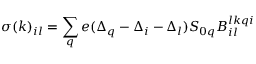
\sigma ( k ) _ { i l } = \sum _ { q } e ( \Delta _ { q } - \Delta _ { i } - \Delta _ { l } ) S _ { 0 q } B _ { i l } ^ { l k q i }